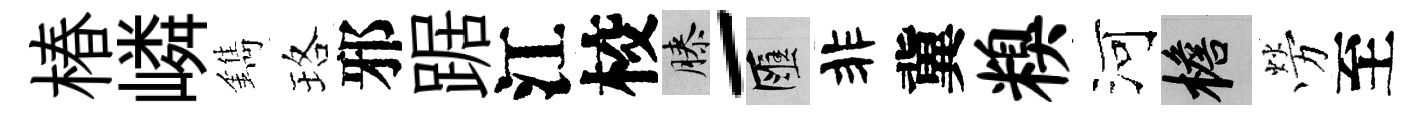
椿嶙鐫珞邪踞江校膝-匯非冀糗河檐勞至